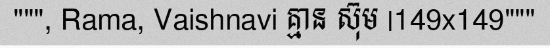
""", Rama, Vaishnavi គ្មាន ស៊ុម |149x149"""